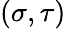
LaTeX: \left(\sigma,\tau\right)